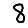
Digit: 8